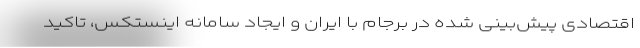
اقتصادی پیش‌بینی شده در برجام با ایران و ایجاد سامانه اینستکس، تاکید